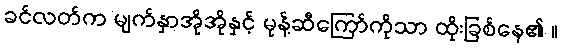
ခင်လတ်က မျက်နှာအိုအိုနှင့် မုန့်ဆီကြော်ကိုသာ ထိုးခြစ်နေ၏ ။